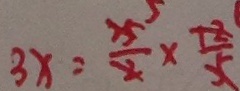
3 x = \frac { 2 5 } { 2 } \times \frac { 1 2 } { 5 }